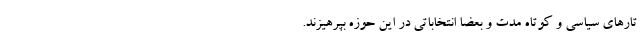
تارهای سیاسی و کوتاه مدت و بعضاً انتخاباتی در این حوزه بپرهیزند.